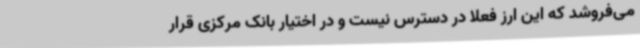
می‌فروشد که این ارز فعلا در دسترس نیست و در اختیار بانک مرکزی قرار